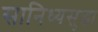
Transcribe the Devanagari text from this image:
सानिध्यसुद्धा